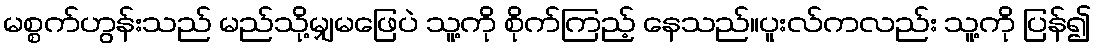
မစ္စက်ဟွန်းသည် မည်သို့မျှမဖြေပဲ သူ့ကို စိုက်ကြည့် နေသည်။ပူးလ်ကလည်း သူ့ကို ပြန်၍